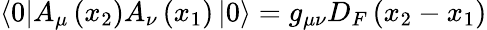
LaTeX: \left<0\right|A_{\mu}\left(x_{2}\right)A_{\nu}\left(x_{1}\right)\left|0\right>=g_{\mu\nu}D_{F}\left(x_{2}-x_{1}\right)